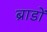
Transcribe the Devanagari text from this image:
ब्राडों